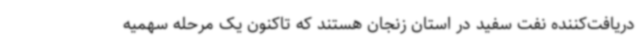
دریافت‌کننده نفت سفید در استان زنجان هستند که تاکنون یک مرحله سهمیه